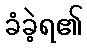
ခံခဲ့ရ၏